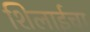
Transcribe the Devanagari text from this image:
शिलाईचा